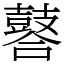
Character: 䶀